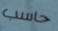
حاسب